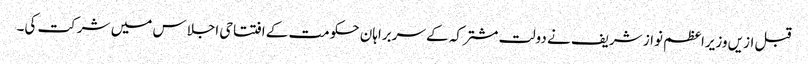
قبل ازیں وزیراعظم نواز شریف نے دولت مشترکہ کے سربراہان حکومت کے افتتاحی اجلاس میں شرکت کی۔